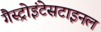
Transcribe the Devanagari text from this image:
गैस्ट्रोइंटेसटाइनल